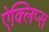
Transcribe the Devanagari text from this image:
ऐक्लिप्स